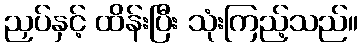
ညှပ်နှင့် ထိန်းပြီး သုံးကြည့်သည်။